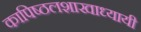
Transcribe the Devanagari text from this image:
कापिष्ठलशाखाध्यायी